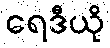
ရေဒီယို